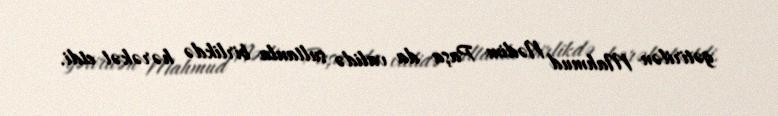
gətirilən Mahmud Nədim Paşa da validə sultanla birlikdə hərəkət etdi.